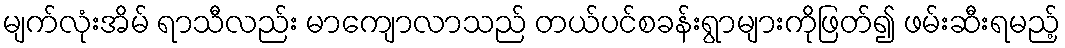
မျက်လုံးအိမ် ရာသီလည်း မာကျောလာသည် တယ်ပင်စခန်းရွာများကိုဖြတ်၍ ဖမ်းဆီးရမည့်